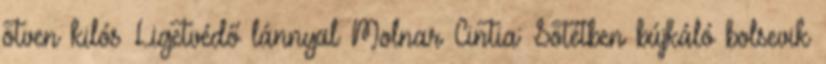
ötven kilós Ligetvédő lánnyal Molnar Cintia: Sötétben bújkáló bolsevik